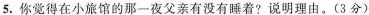
5.你觉得在小旅馆的那一夜父亲有没有睡着?说明理由。(3分)